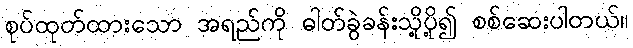
စုပ်ထုတ်ထားသော အရည်ကို ဓါတ်ခွဲခန်းသို့ပို့၍ စစ်ဆေးပါတယ်။